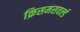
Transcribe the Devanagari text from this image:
क्रिसमसवर्ल्ड